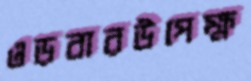
ওড়বারউপেক্ষ